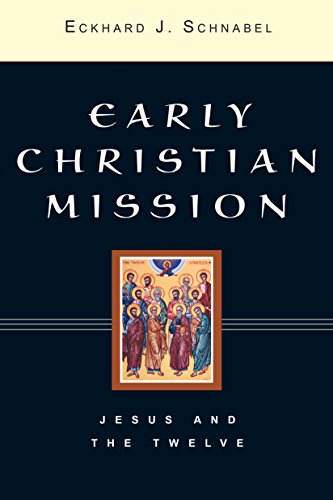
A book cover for Early Christian Mission (2 Volume Set); Eckhard J. Schnabel; Religion & Spirituality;